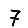
Digit: 7